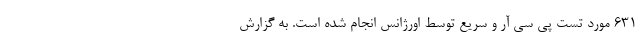
631 مورد تست پی سی آر و سریع توسط اورژانس انجام شده است. به گزارش